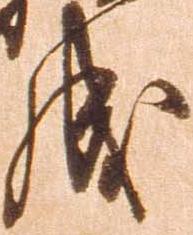
成